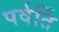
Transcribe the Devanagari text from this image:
पर्वर्ति